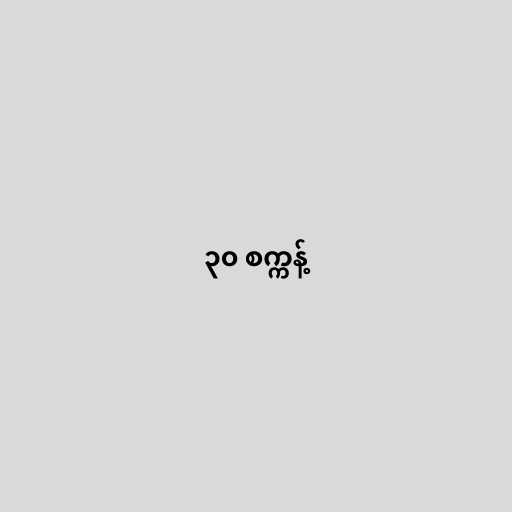
၃၀ စက္ကန့်